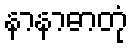
နာနာဓာတုံ